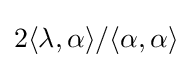
2\langle \lambda ,\alpha \rangle /\langle \alpha ,\alpha \rangle